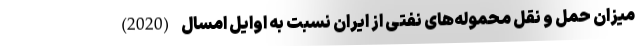
میزان حمل و نقل محموله‌های نفتی از ایران نسبت به اوایل امسال (2020)